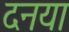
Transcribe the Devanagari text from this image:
दनया